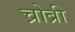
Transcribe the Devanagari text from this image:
च्रोब्री